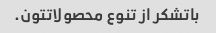
باتشکر از تنوع محصولاتتون.